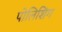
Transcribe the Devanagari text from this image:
पोलिशिंग